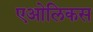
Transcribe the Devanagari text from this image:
एओलिकस